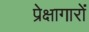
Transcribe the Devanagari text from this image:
प्रेक्षागारों